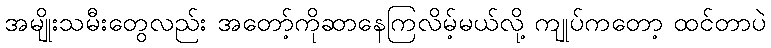
အမျိုးသမီးတွေလည်း အတော့်ကိုဆာနေကြလိမ့်မယ်လို့ ကျုပ်ကတော့ ထင်တာပဲ